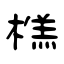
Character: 榚